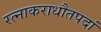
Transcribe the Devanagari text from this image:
रत्नाकराधौतपदां